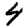
Digit: 4